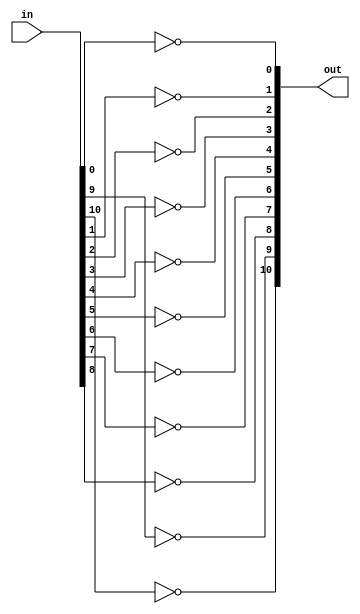
module inv11 (out, in);

   input [10:0]  in;

   output [10:0] out;   
   
   not i1 (out[0], in[0]);
   not i2 (out[1], in[1]);
   not i3 (out[2], in[2]);
   not i4 (out[3], in[3]);
   not i5 (out[4], in[4]);
   not i6 (out[5], in[5]);
   not i7 (out[6], in[6]);
   not i8 (out[7], in[7]);
   not i9 (out[8], in[8]);
   not i10 (out[9], in[9]);
   not i11 (out[10], in[10]);
   
endmodule // inv11